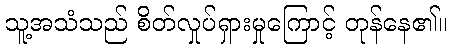
သူ့အသံသည် စိတ်လှုပ်ရှားမှုကြောင့် တုန်နေ၏။